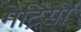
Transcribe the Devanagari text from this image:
मेट्रिसों